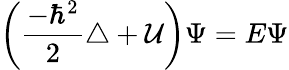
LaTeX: \left({\frac{-\hbar^{2}}{2}}\triangle+{\cal U}\right)\Psi=E\Psi